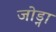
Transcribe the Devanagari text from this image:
जोड्ना